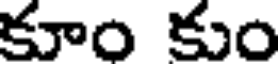
కూం కుం